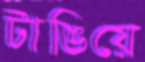
টাঙিয়ে